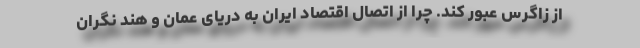
از زاگرس عبور کند. چرا از اتصال اقتصاد ایران به دریای عمان و هند نگران